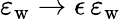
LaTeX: \varepsilon_{\mathrm{w}}\rightarrow\epsilon\, \varepsilon_{\mathrm{w}}